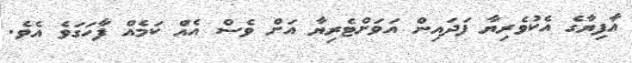
އާފިޔާގެ އެކުވެރިޔާ ފަދައިން އަވަށްޓެރިޔާ އަށް ވެސް އެއް ކަމެއް ފާހަގަވެ އެވެ.